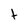
Character: t